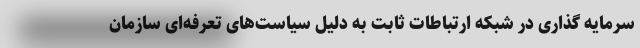
سرمایه گذاری در شبکه ارتباطات ثابت به دلیل سیاست‌های تعرفه‌ای سازمان